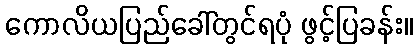
ကောလိယပြည်ခေါ်တွင်ရပုံ ဖွင့်ပြခန်း။